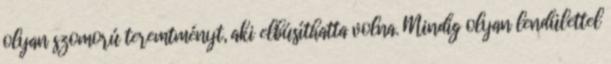
olyan szomorú teremtményt, aki elbúsíthatta volna. Mindig olyan lendülettel